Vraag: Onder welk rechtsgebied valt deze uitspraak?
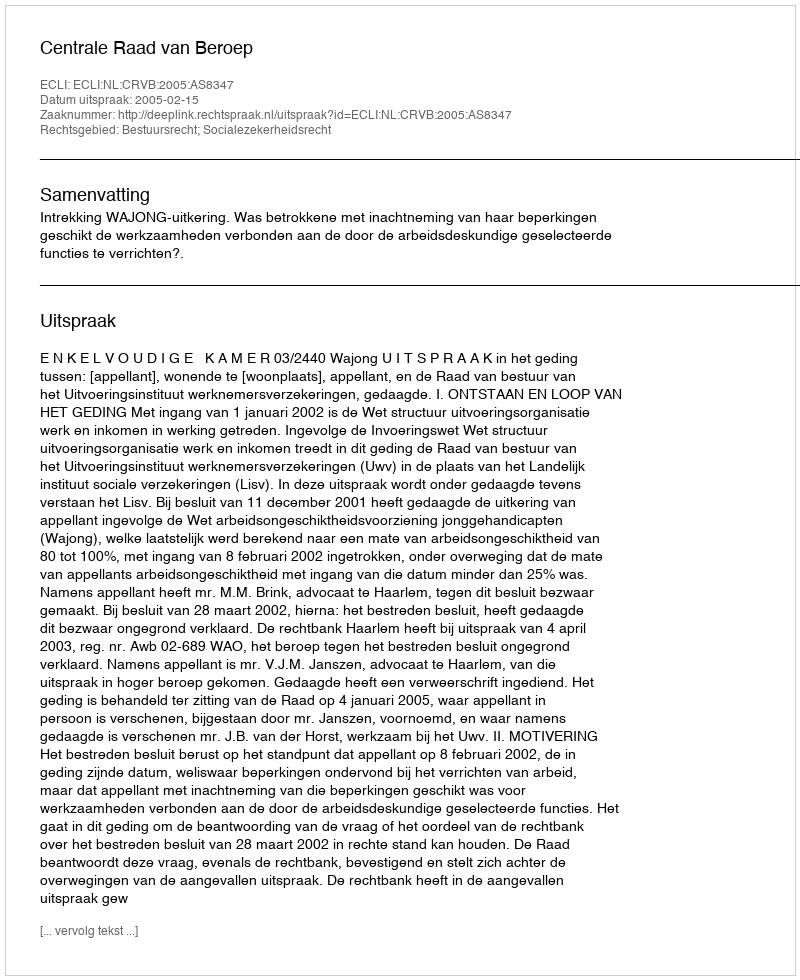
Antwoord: Bestuursrecht; Socialezekerheidsrecht